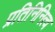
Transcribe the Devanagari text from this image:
प्रतिनिनित्व